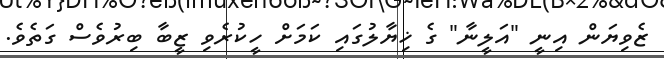
ޒެވިޔަން އިނީ "އަލީނާ" ގެ ޚިޔާލުގައި ކަމަށް ހީކުރެވި ޒީބާ ބިރުވެސް ގަތެވެ.